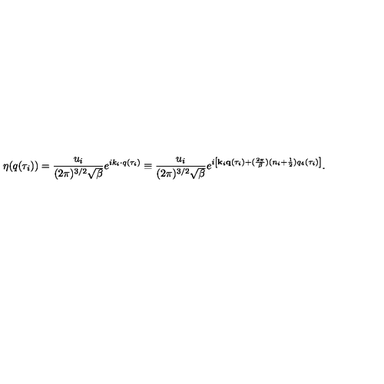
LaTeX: \eta ( q ( \tau _ { i } ) ) = \frac { u _ { i } } { ( 2 \pi ) ^ { 3 / 2 } \sqrt { \beta } } e ^ { i k _ { i } \cdot q ( \tau _ { i } ) } \equiv \frac { u _ { i } } { ( 2 \pi ) ^ { 3 / 2 } \sqrt { \beta } } e ^ { i \left[ { \bf k } _ { i } { \bf q } ( \tau _ { i } ) + ( \frac { 2 \pi } { \beta } ) ( n _ { i } + \frac 1 2 ) q _ { 4 } ( \tau _ { i } ) \right] } .